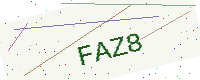
Text: FAZ8